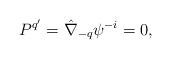
LaTeX: \begin{align*}P^{q'}=\hat\nabla_{-q}\psi^{-i}=0,\end{align*}